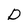
Character: D